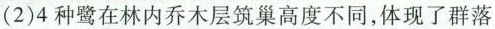
(2)4种鹭在林内乔木层筑巢高度不同，体现了群落